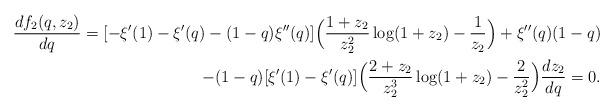
LaTeX: \begin{align*}\frac{d{f_2(q,z_2)}}{d q} = [-\xi'(1)-\xi'(q)-(1-q)\xi''(q)] \Big( \frac{1+z_2}{z_2^2}\log(1+z_2)-\frac1{z_2}\Big)+\xi''(q)(1-q)\\-(1-q)[\xi'(1)-\xi'(q)]\Big(\frac{2+z_2}{z_2^3}\log(1+z_2)-\frac2{z_2^2} \Big) \frac{d z_2}{d q} =0.\end{align*}